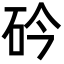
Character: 砛